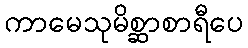
ကာမေသုမိစ္ဆာစာရီပေ